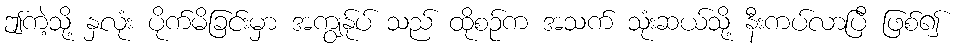
ဤကဲ့သို့ နှလုံး ပိုက်မိခြင်းမှာ အကျွန်ုပ် သည် ထိုစဉ်က အသက် သုံးဆယ်သို့ နီးကပ်လာပြီ ဖြစ်၍